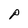
Character: P